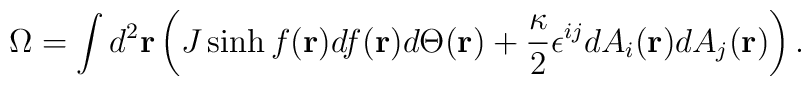
\Omega= \int d^2{\bf r}\left(J \sinh f({\bf r}) d f({\bf r})d\Theta({\bf r})+\frac{\kappa}{2}\epsilon^{ij} d A_i({\bf r}) d A_j ({\bf r})\right).